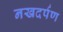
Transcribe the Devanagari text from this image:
नखदर्पण